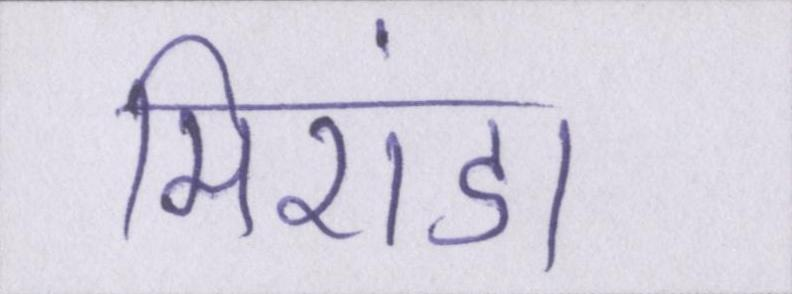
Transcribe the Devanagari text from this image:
मिरांडा